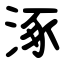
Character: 涿